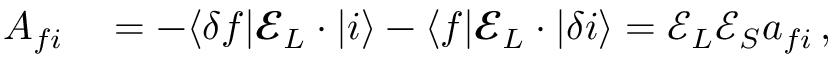
\begin{array} { r l } { A _ { f i } } & { { } = - \ensuremath { \langle \delta f | } \ensuremath { \boldsymbol { { \mathbfcal { E } } } } _ { L } \cdot { \v { D } } \ensuremath { | i \rangle } - \ensuremath { \langle f | } \ensuremath { \boldsymbol { { \mathbfcal { E } } } } _ { L } \cdot { \v { D } } \ensuremath { | \delta i \rangle } = { { \mathcal { E } } } _ { L } { { \mathcal { E } } } _ { S } a _ { f i } \, , } \end{array}